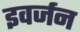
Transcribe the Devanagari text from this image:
इवर्जन